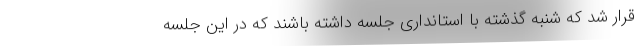
قرار شد که شنبه گذشته با استانداری جلسه داشته باشند که در این جلسه